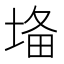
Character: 𡍉